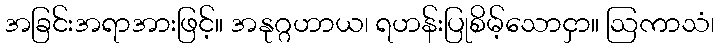
အခြင်းအရာအားဖြင့်။ အနုဂ္ဂဟာယ၊ ရဟန်းပြုစိမ့်သောငှာ။ ဩကာသံ၊